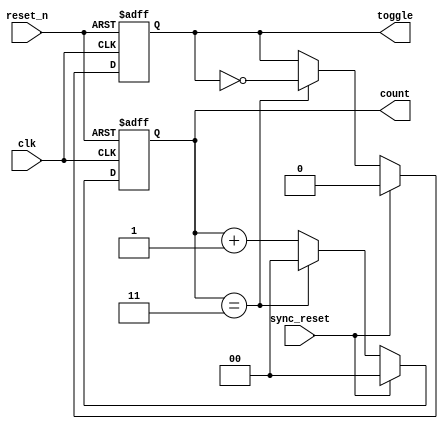
module divide_by_n_counter #(
    parameter N = 4 // Parameter for the divide factor (N)
)(
    input wire clk,          // Clock input
    input wire reset_n,      // Active low asynchronous reset
    input wire sync_reset,   // Synchronous reset
    output reg [log2(N)-1:0] count, // Counter output
    output reg toggle        // Output that toggles every N clock cycles
);

// Function to calculate log2
function integer log2;
    input integer value;
    begin
        log2 = 0;
        while (2**log2 < value) begin
            log2 = log2 + 1;
        end
    end
endfunction

// Counter logic
always @(posedge clk or negedge reset_n) begin
    if (!reset_n) begin
        count <= 0; // Asynchronous reset
        toggle <= 0; // Reset toggle output
    end else if (sync_reset) begin
        count <= 0; // Synchronous reset
        toggle <= 0; // Reset toggle output
    end else begin
        if (count == N-1) begin
            count <= 0; // Reset count
            toggle <= ~toggle; // Toggle output
        end else begin
            count <= count + 1; // Increment count
        end
    end
end

endmodule